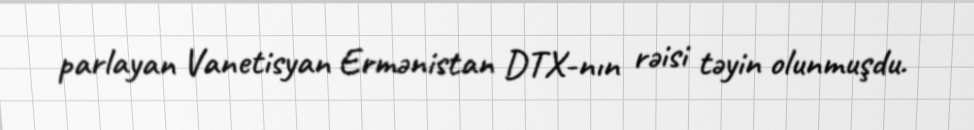
parlayan Vanetisyan Ermənistan DTX-nın rəisi təyin olunmuşdu.